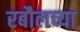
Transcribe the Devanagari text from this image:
रबौलच्या